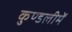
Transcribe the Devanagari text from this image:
कुण्डलीमें